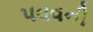
પવવની